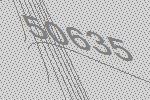
50635